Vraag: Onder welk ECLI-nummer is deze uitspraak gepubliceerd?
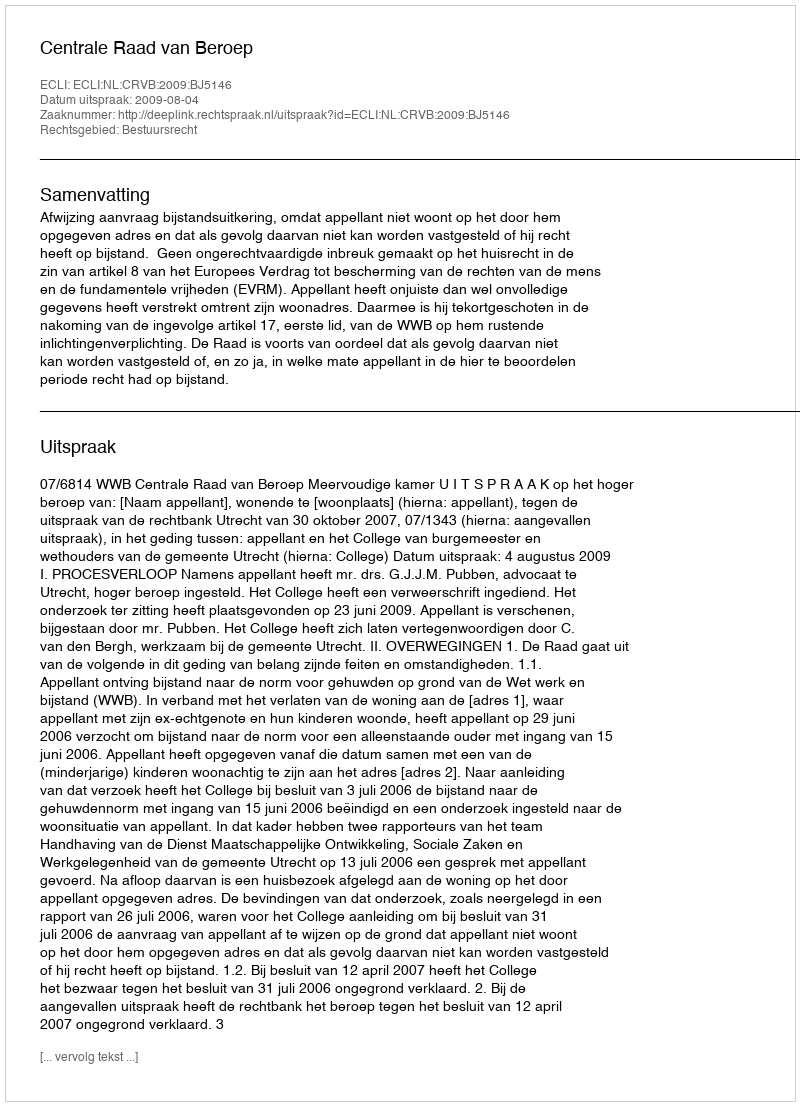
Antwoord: ECLI:NL:CRVB:2009:BJ5146